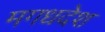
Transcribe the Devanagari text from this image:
मगधदेश